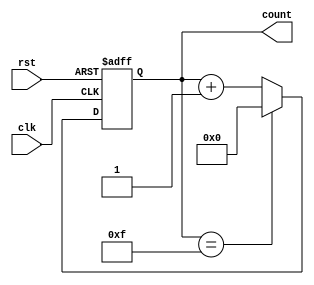
module ModulusCounter (
    input wire clk,
    input wire rst,
    output reg [3:0] count
);
  
always @ (posedge clk or posedge rst)
    begin
        if (rst)
            count <= 4'b0000;
        else if (count == 4'b1111)
            count <= 4'b0000;
        else
            count <= count + 1;
    end
  
endmodule